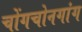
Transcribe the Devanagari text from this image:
चोंगचोनगांग